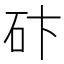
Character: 𥑃